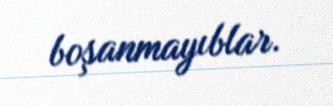
boşanmayıblar.